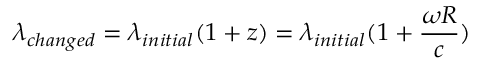
\lambda _ { c h a n g e d } = \lambda _ { i n i t i a l } ( 1 + z ) = \lambda _ { i n i t i a l } ( 1 + \frac { \omega R } { c } )